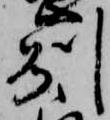
州